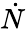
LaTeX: \dot{N}